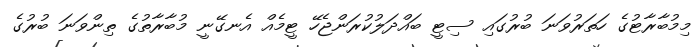
މިމުބާރާޓުގެ ހަތަރުވަނަ ބުރުގައި ސިޓީ ބައްދަލުކުރަންޖެހޭ ޓީމެއް އެނގޭނީ މުބާރާތުގެ ތިންވަނަ ބުރުގެ